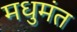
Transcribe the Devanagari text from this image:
मधुमंत